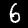
Digit: 6